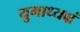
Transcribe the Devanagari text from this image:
युगाध्यक्षं